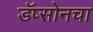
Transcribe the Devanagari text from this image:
डॅप्सोनचा